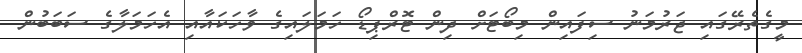
މީގެތެރޭގައި ޖަރުމަނު ސިފައިން މިބޯޓަށް ދިން ޓޮރްޕިޑޯ ހަމަލައިގެ ވާހަކައާއި އެހަމަލާގެ ސަބަބުން